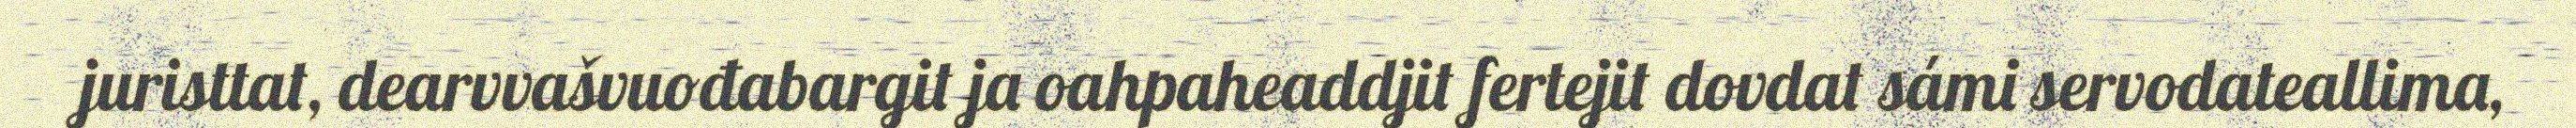
juristtat, dearvvašvuođabargit ja oahpaheaddjit fertejit dovdat sámi servodateallima,